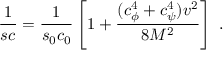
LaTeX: \frac { 1 } { s c } = \frac { 1 } { s _ { 0 } c _ { 0 } } \left[ 1 + \frac { ( c _ { \phi } ^ { 4 } + c _ { \psi } ^ { 4 } ) v ^ { 2 } } { 8 M ^ { 2 } } \right] \; .